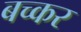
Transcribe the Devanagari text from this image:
बच्कर